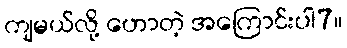
ကျမယ်လို့ ဟောတဲ့ အကြောင်းပါ7။